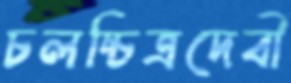
চলচ্চিত্রদেবী